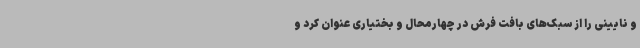
و نایینی را از سبک‌های بافت فرش در چهارمحال و بختیاری عنوان کرد و